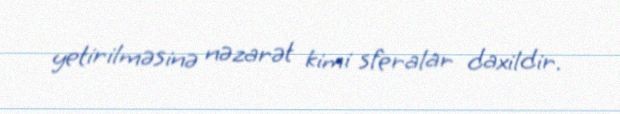
yetirilməsinə nəzarət kimi sferalar daxildir.